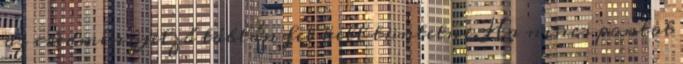
az eredményjelző táblán fel kell tüntetni. Ha nincs pontot